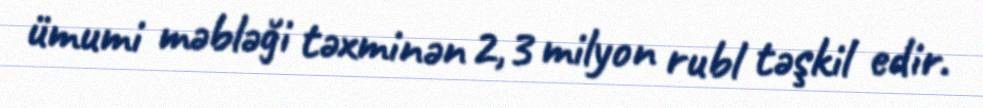
ümumi məbləği təxminən 2,3 milyon rubl təşkil edir.